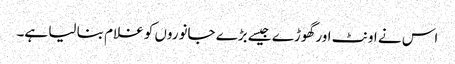
اس نے اونٹ اور گھوڑے جیسے بڑے جانوروں کو غلام بنا لیا ہے۔